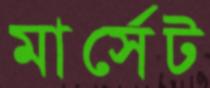
মার্সেট